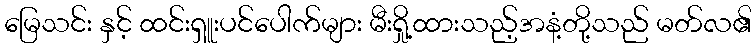
မြေသင်း နှင့် ထင်းရှူးပင်ပေါက်များ မီးရှို့ထားသည့်အနံ့တို့သည် မတ်လ၏